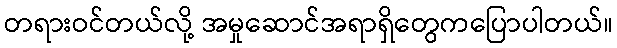
တရားဝင်တယ်လို့ အမှုဆောင်အရာရှိတွေကပြောပါတယ်။